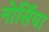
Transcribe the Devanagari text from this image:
नोर्सिया